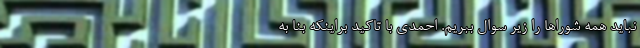
نباید همه شوراها را زیر سوال ببریم. احمدی با تاکید براینکه بنا به